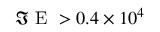
\Im \mathrm { ~ E ~ } > 0 . 4 \times 1 0 ^ { 4 }